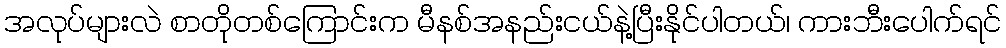
အလုပ်များလဲ စာတိုတစ်ကြောင်းက မီနစ်အနည်းငယ်နဲ့ပြီးနိုင်ပါတယ်၊ ကားဘီးပေါက်ရင်